Annual report on the health of the army in India
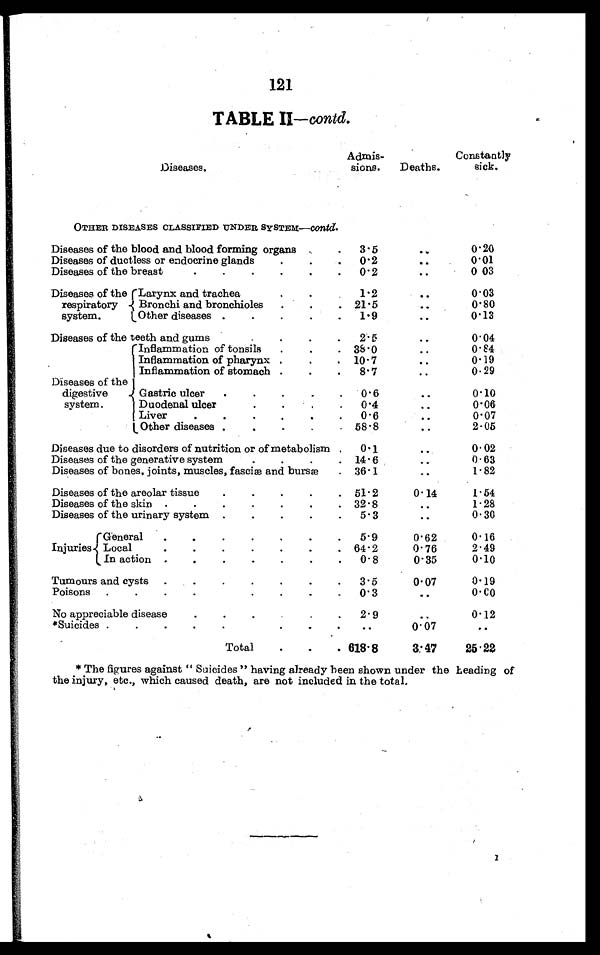
121
TABLE II—contd.
Diseases.
A d m i s
-sions.
Deaths.
Constantly
sick.
OTHER DISEASES CLASSIFIED UNDER SYSTEM— contd.
Diseases of the blood and blood forming organs . . .
3.5
. . .
0 . 2 0
Diseases of ductless or endocrine glands . . .
0.2
. . . 0.01
D i s e a s e s o f t h e b r e a s t . . .
0 . 2
. . . 0.03
Diseases of the
respiratory
system.
Larynx and trachea . . .
1.2
. . . 0.03
Bronchi and bronchioles . . .
21.5
. . . 0.80
Other diseases . . .
1.9
. . . 0.13
Diseases of the teeth and gums . . .
2.5
. . . 0.04
Diseases of the
digestive
system.
Inflammation of tonsils . . .
38.0
. . . 0.84
Inflammation of pharynx . . .
10.7
. . . 0.19
Inflammation of stomach . . .
8.7
. . . 0.29
Gastric ulcer . . .
0 . 6
. . . 0.10
Duodenal ulcer
. . .
0 . 4
. . . 0.06
Liver . . .
0.6
. . . 0.07
Other diseases . . .
58.8
. . . 2.05
Diseases due to disorders of nutrition or of metabolism . . .
0.1
. . . 0.02
Diseases of the generative system . . .
14.6
. . . 0.63
Diseases of bones, joints, muscles, fasciæ and bursæ . . .
36.1
. . . 1.82
Diseases of the areolar tissue . . .
51.2
0.14
1.54
Diseases of the skin . . .
32.8
. . . 1.28
Diseases of the urinary system . . .
5.3
. . . 0.30
Injuries
General . . .
5.9
0.62
0.16
Local . . .
64.2
0.76
2.49
In action . . .
0.8
0.35
0.10
Tumours and cysts . . .
3.5
0.07
0.19
Poisons . . .
0.3
. . .
0.00
No appreciable disease . . .
2.9
. . . 0.12
*Suicides . . .
. . .
0.07
. . .
Total . . .
618.8
3.47
25.22
*The figures against "Suicides" having already been shown under the heading of
the injury, etc., which caused death, are not included in the total.